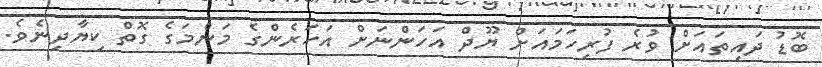
ބޮޑު ދައިތައަށް ވުރެ ފުރިހަމައަށް ޔޫދް އަހަންނަށް އަހަރެންގެ މަންމަގެ ގޮތް ކިޔާދިނެވެ.